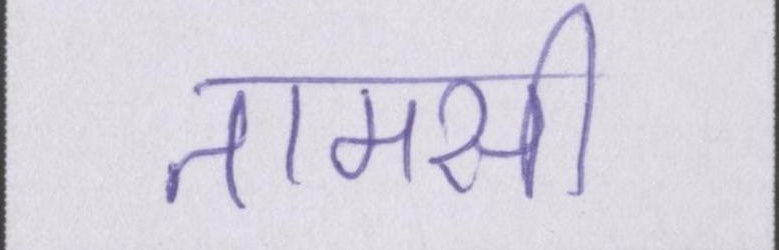
तामसी